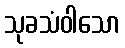
သုခသံဝါသော